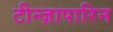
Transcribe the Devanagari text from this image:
टीन्ज़ापारिन